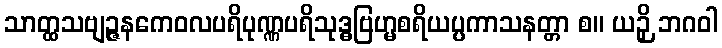
သာတ္ထသဗျဉ္ဇနကေဝလပရိပုဏ္ဏပရိသုဒ္ဓဗြဟ္မစရိယပ္ပကာသနတ္တာ စ။ ယဉှိ ဘဂဝါ